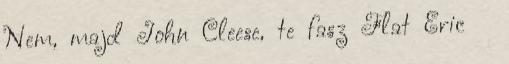
Nem, majd John Cleese, te fasz Flat Eric